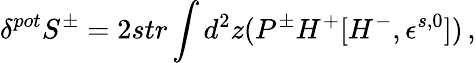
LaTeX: \delta^{pot}S^{\pm}=2str\int d^{2}z(P^{\pm}H^{+}[H^{-},\epsilon^{s,0}])\, ,